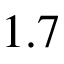
1 . 7